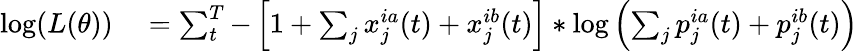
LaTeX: \begin{array}{rl}{\log(L(\theta))}&{{}=\sum_{t}^{T}-\left[1+\sum_{j}x_{j}^{ia}(t)+x_{j}^{ib}(t)\right]*\log\left(\sum_{j}p_{j}^{ia}(t)+p_{j}^{ib}(t)\right)}\end{array}